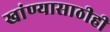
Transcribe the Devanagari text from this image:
खांण्यासाठीही